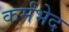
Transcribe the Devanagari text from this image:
कर्मभेद